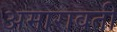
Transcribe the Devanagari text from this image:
अमारावती